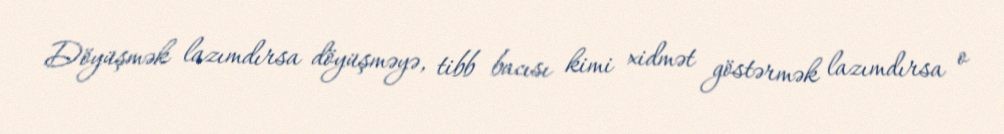
Döyüşmək lazımdırsa döyüşməyə, tibb bacısı kimi xidmət göstərmək lazımdırsa o